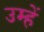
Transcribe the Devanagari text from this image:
उम्हें